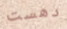
دهست